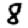
Digit: 8